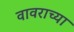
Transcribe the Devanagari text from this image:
वावराच्या